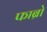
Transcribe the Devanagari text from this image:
फाब्रो